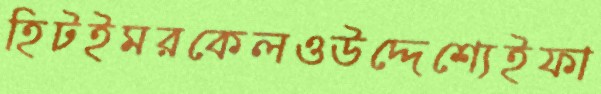
হিটইমরকেলওউদ্দেশ্যেইফা